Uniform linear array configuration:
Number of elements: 16
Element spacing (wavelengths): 0.25
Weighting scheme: binomial
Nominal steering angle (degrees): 30
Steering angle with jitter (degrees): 28.149
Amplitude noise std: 0.05
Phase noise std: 0.05

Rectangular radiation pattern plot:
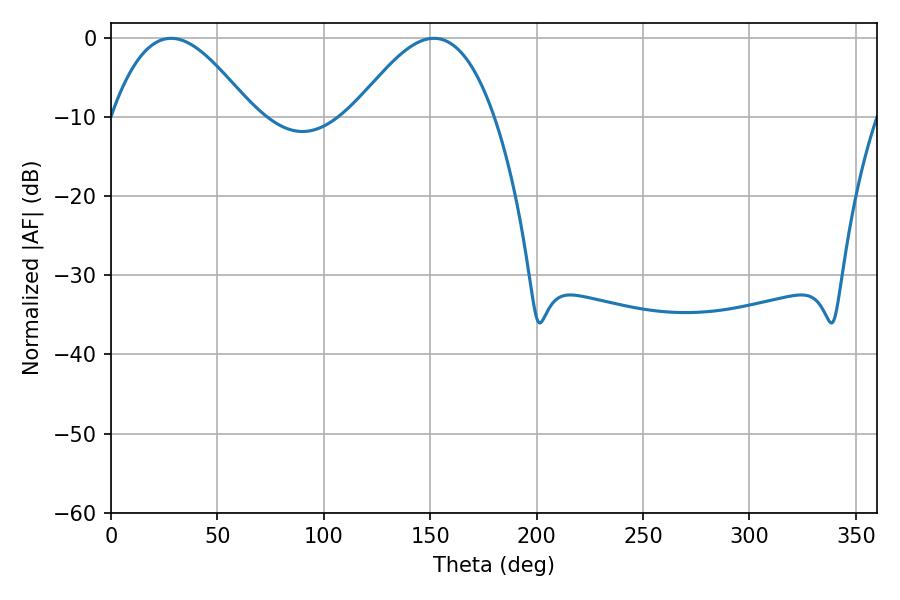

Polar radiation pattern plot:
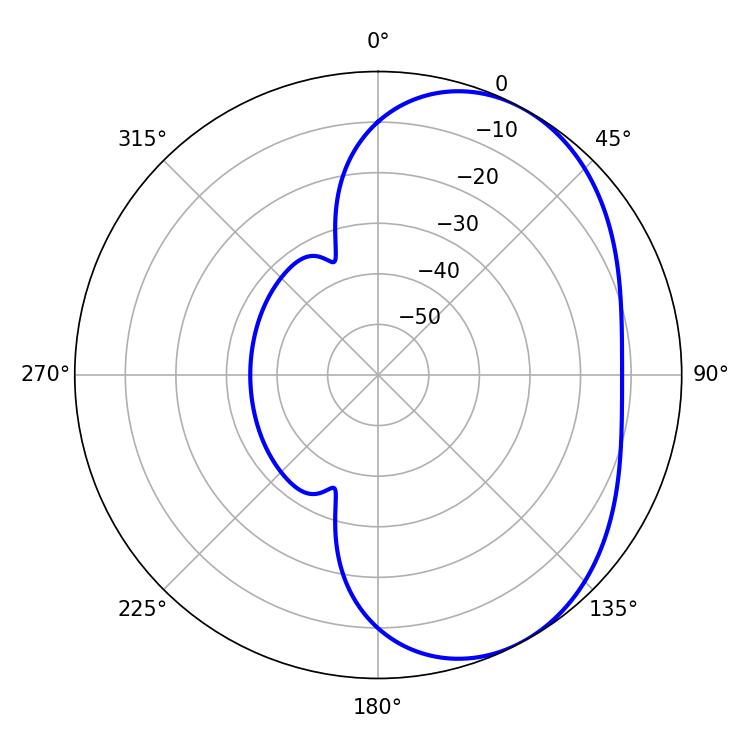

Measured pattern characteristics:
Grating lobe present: FALSE
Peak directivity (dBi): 4.364
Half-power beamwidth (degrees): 35.82
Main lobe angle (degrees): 28.26